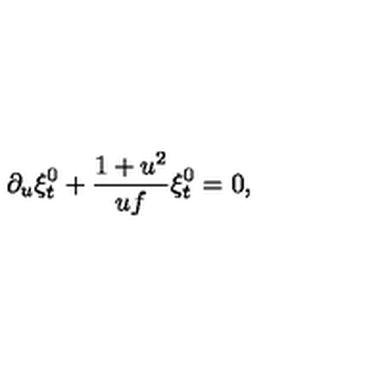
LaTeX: \partial _ { u } \xi _ { t } ^ { 0 } + { \frac { 1 + u ^ { 2 } } { u f } } \xi _ { t } ^ { 0 } = 0 ,